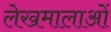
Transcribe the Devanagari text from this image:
लेखमालाओं